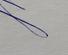
Signature authenticity: genuine